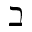
\beth